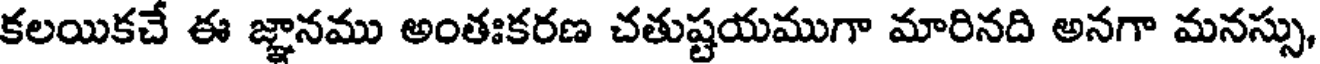
కలయికచే ఈ జ్ఞానము అంతఃకరణ చతుష్టయముగా మారినది అనగా మనస్సు,